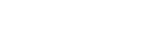
ရေးသားကြသည်